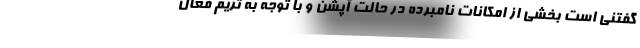
گفتنی است بخشی از امکانات نامبرده در حالت آپشن و با توجه به تریم فعال